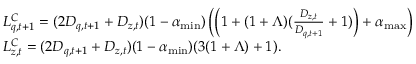
\begin{array} { r l } & { L _ { q , t + 1 } ^ { C } = ( 2 D _ { q , t + 1 } + D _ { z , t } ) ( 1 - \alpha _ { \operatorname* { m i n } } ) \left( \left( 1 + ( 1 + \Lambda ) ( \frac { D _ { z , t } } { D _ { q , t + 1 } } + 1 ) \right) + \alpha _ { \operatorname* { m a x } } \right) } \\ & { L _ { z , t } ^ { C } = ( 2 D _ { q , t + 1 } + D _ { z , t } ) ( 1 - \alpha _ { \operatorname* { m i n } } ) ( 3 ( 1 + \Lambda ) + 1 ) . } \end{array}